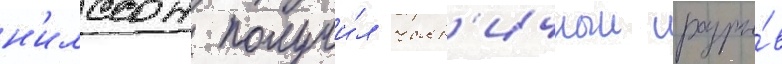
н'илссон получи́л част'ичныи разры́в